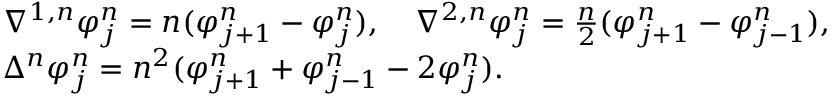
\begin{array} { r l } & { \nabla ^ { 1 , n } \varphi _ { j } ^ { n } = n ( \varphi _ { j + 1 } ^ { n } - \varphi _ { j } ^ { n } ) , \quad \nabla ^ { 2 , n } \varphi _ { j } ^ { n } = \frac { n } { 2 } ( \varphi _ { j + 1 } ^ { n } - \varphi _ { j - 1 } ^ { n } ) , } \\ & { \Delta ^ { n } \varphi _ { j } ^ { n } = n ^ { 2 } ( \varphi _ { j + 1 } ^ { n } + \varphi _ { j - 1 } ^ { n } - 2 \varphi _ { j } ^ { n } ) . } \end{array}